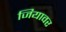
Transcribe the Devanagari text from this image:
जियावर